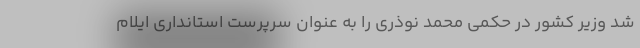
شد وزیر کشور در حکمی محمد نوذری را به عنوان سرپرست استانداری ایلام